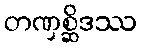
တဏှစ္ဆိဒဿ